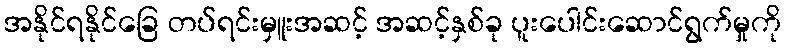
အနိုင်ရနိုင်ခြေ တပ်ရင်းမှူးအဆင့် အဆင့်နှစ်ခု ပူးပေါင်းဆောင်ရွက်မှုကို